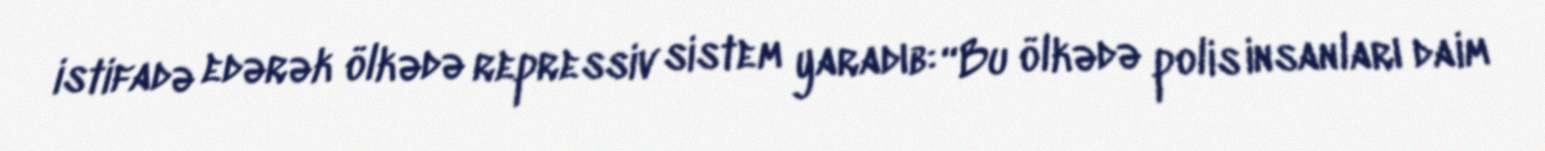
istifadə edərək ölkədə repressiv sistem yaradıb: “Bu ölkədə polis insanları daim